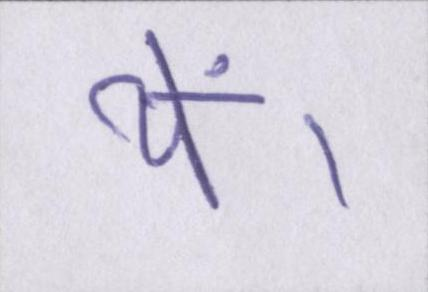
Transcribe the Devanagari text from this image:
थें।